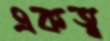
একত্ব